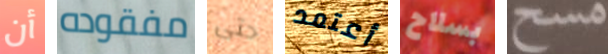
أن مفقوده حتى أعتمد بسلاح مسح